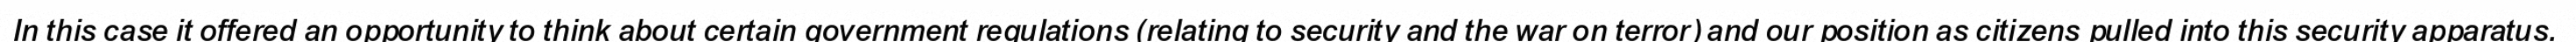
In this case it offered an opportunity to think about certain government regulations (relating to security and the war on terror) and our position as citizens pulled into this security apparatus.